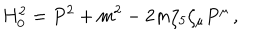
H _ { 0 } ^ { 2 } = P ^ { 2 } + m ^ { 2 } - 2 m \zeta _ { 5 } \zeta _ { \mu } P ^ { \mu } \, ,